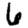
Digit: 6